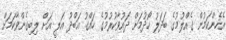
އެހެންކަމުން ގެއްލުމުގެ ބަދަލު ހޯދުމަށް ދައުވާކުރުމުގެ ހައްގު އަބްދު އަލީ އަށް ލިބިގެންވާކަމަށް